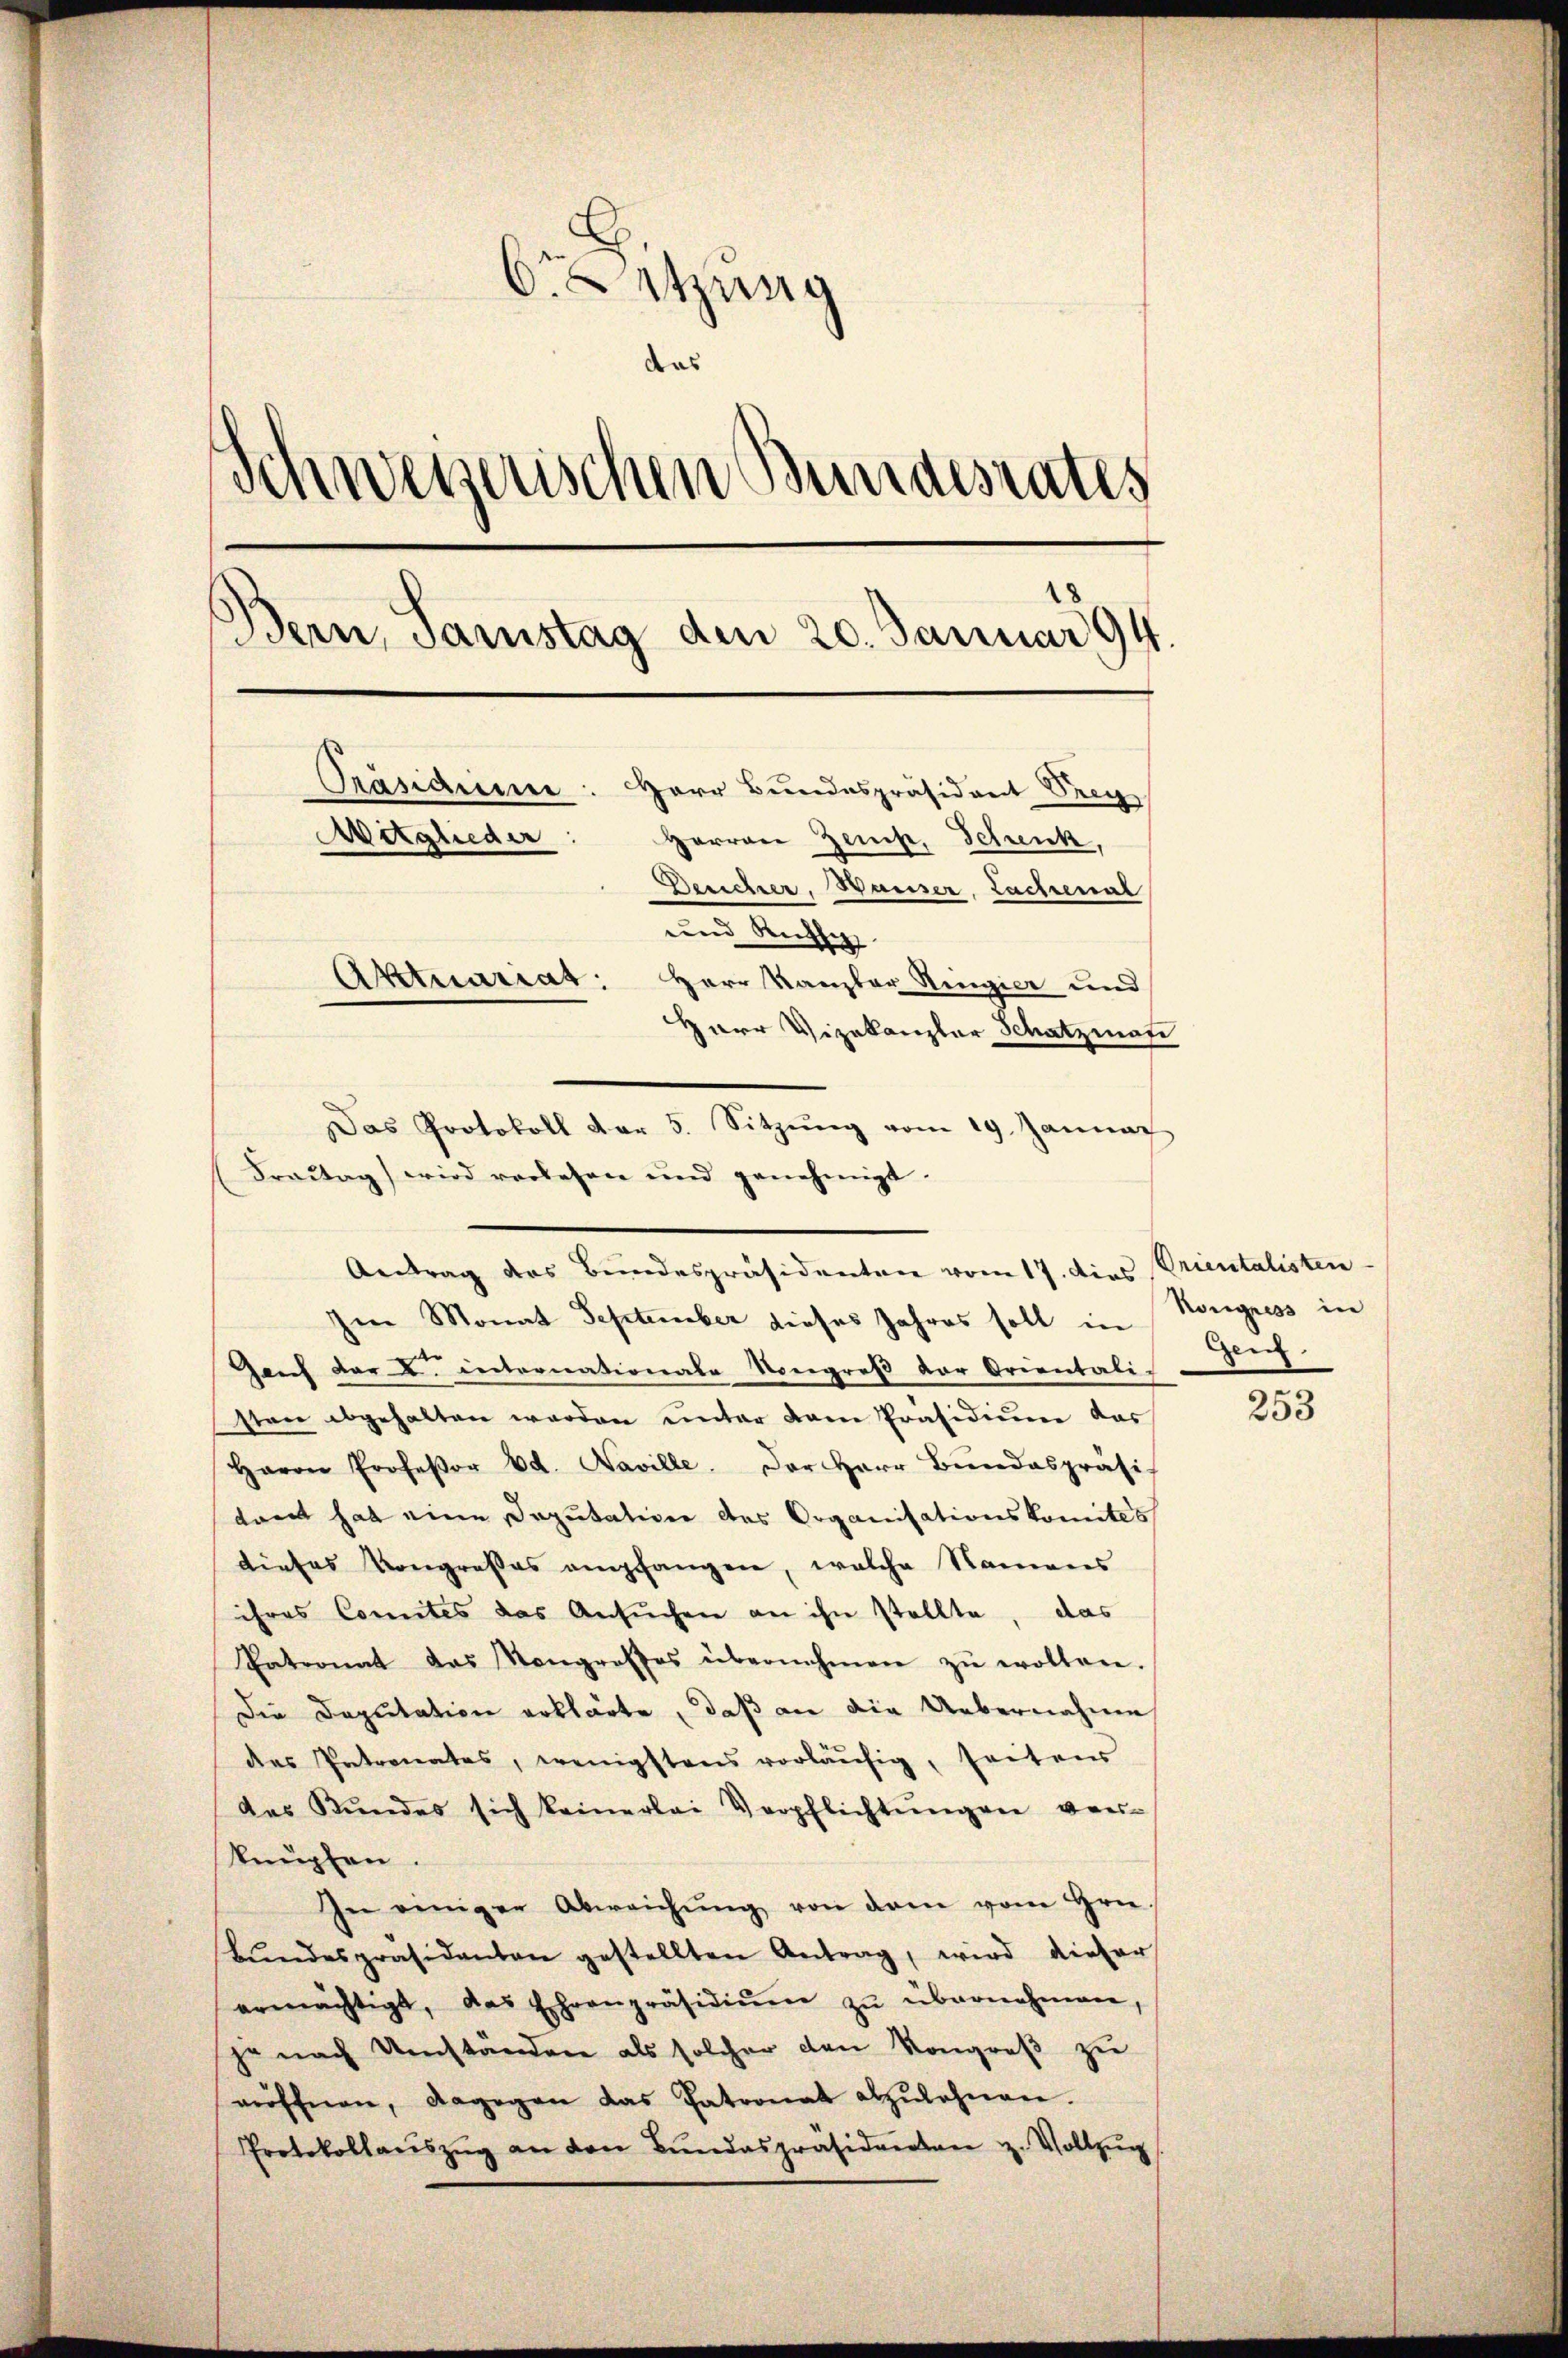
6Sitzung
das
Schweizerischen Bundesrates
Bern, Samstag den 20. Januar 94.
Prasiduen
Herr Bundespräsident Drey
Mitglieder
Herren Zeich, Schenk,
Bericher, Hauser, Lachenal
und Rechtig
Aktuariat
Herr Kanzler Ringier und
Harr Vizekanzler Schatzman

Antrag des Bundespräsidenten vom 17. dies Prientalisten
Ien Monat September dieses Jahres soll in
Gauf der K. internationale Kongreß der Orientali-
sten abgehalten werden unter kam Präsidium das
Herrn Professor Ed. Naville. Der Herr Bundespräsi
drent hat eine Deputation des Organisationskomites
diefes Kongroßes empfangen, welche Namens
ihres Comités das Ansŭchen an ihn stellte, das
Patronat das Kongrosses übernehmen zŭ wollen.
Die Deputation erklärte, daß an die Uebernahme
des Patronates, wenigstens vorläufig, seitens
das Bŭndes sich keinerlei Verpflichtŭngen ver-
knüpfen.
In einiger Abweichŭng von dem vom Hrn.
Bŭndespräsidenten gestellten Antrag, wird dieser
ermächtigt, das Ehrenpräsidiŭm zŭ übernehmen,
je nach Umstanden als solcher den Kongreß zu
eröffnen, dagegen das Patronat abzulehnen.
Protokollaŭszŭg an den Bŭndespräsidenten z. Vollzŭg

Das Protokoll der 5. Sitzŭng vom 19. Januar
Fraŭtag) wird verlesen und genehmigt.

Kongress in
Gen.

253